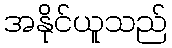
အနိုင်ယူသည်